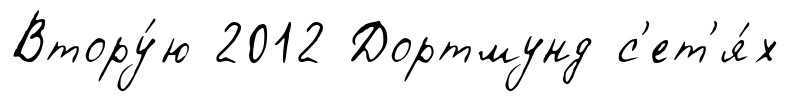
Втору́ю 2012 Дортмунд с'ет'я́х